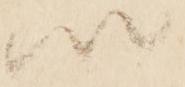
以